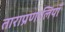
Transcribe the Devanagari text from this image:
ताराप्रणालियाँ